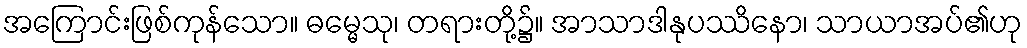
အကြောင်းဖြစ်ကုန်သော။ ဓမ္မေသု၊ တရားတို့၌။ အာသာဒါနုပဿိနော၊ သာယာအပ်၏ဟု